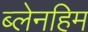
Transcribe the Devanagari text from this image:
ब्लेनहिम